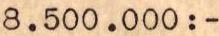
8.500.000:-